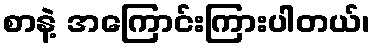
စာနဲ့ အကြောင်းကြားပါတယ်၊